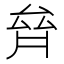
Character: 𠫼